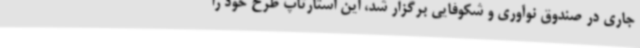
جاری در صندوق نوآوری و شکوفایی برگزار شد، این استارتاپ طرح خود را